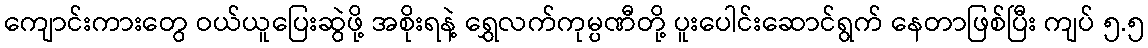
ကျောင်းကားတွေ ဝယ်ယူပြေးဆွဲဖို့ အစိုးရနဲ့ ရွှေလက်ကုမ္ပဏီတို့ ပူးပေါင်းဆောင်ရွက် နေတာဖြစ်ပြီး ကျပ် ၅.၅